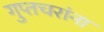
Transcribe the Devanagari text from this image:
गुप्तचरांना